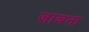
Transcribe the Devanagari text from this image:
ज़ाबता